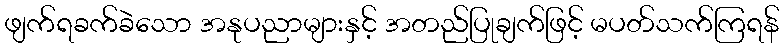
ဖျက်ရခက်ခဲသော အနုပညာများနှင့် အတည်ပြုချက်ဖြင့် မပတ်သက်ကြရန်